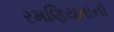
રમણિયતાનો